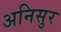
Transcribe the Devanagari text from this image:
अनिसुर